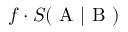
f \cdot S ( \mathrm { ~ A ~ } | \mathrm { ~ B ~ } )